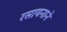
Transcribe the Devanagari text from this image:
रसायनाने